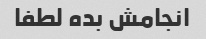
انجامش بده لطفا